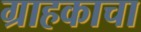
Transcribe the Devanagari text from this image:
ग्राहकाचा